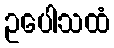
ဥပေါသထံ